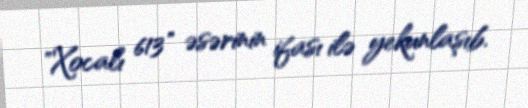
"Xocalı 613" əsərinin ifası ilə yekunlaşıb.